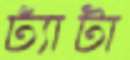
ঢ্যাঁটা